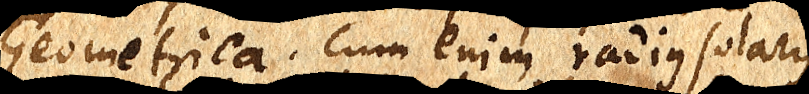
Geometrica. Cum enim radius solaris